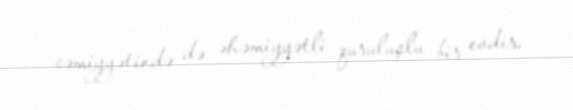
cəmiyyətində də əhəmiyyətli quruluşlu bir evdir.